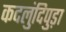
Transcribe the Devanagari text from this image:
कदलुंदिपुड़ा